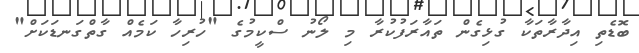
ބޮޑެތި އިދާރާތަކާ ގުޅިގެން ތައާރަފުކުރާ މި ލޯނު ސްކީމުގެ "ހުރިހާ ކަމެއް ގާތްގަނޑަކަށް"